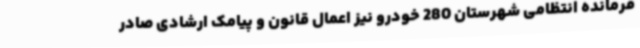
فرمانده انتظامی شهرستان 280 خودرو نیز اعمال قانون و پیامک ارشادی صادر